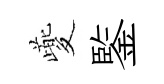
夔鍳